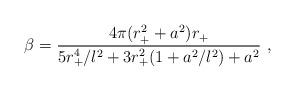
LaTeX: \begin{align*}\beta={4 \pi (r_{+}^2+a^2)r_{+} \over5r_{+}^4/l^2+3r_{+}^2(1+a^2/l^2)+a^2}\ ,\end{align*}